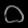
Digit: ၀